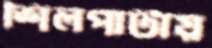
শিলপাটায়